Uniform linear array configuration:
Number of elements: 24
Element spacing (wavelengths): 0.75
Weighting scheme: exponential
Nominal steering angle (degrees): -15
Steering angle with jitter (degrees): -16.891
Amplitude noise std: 0.05
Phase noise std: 0.05

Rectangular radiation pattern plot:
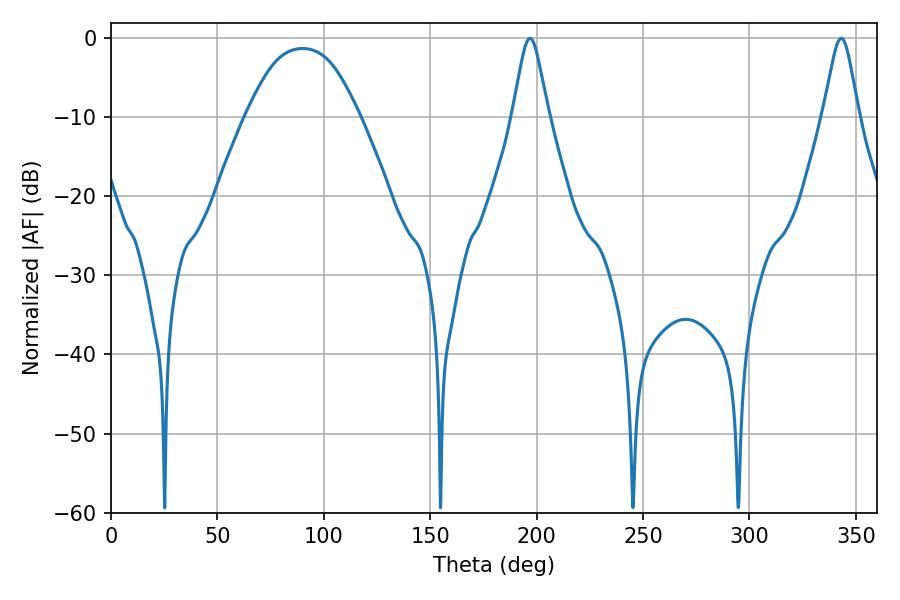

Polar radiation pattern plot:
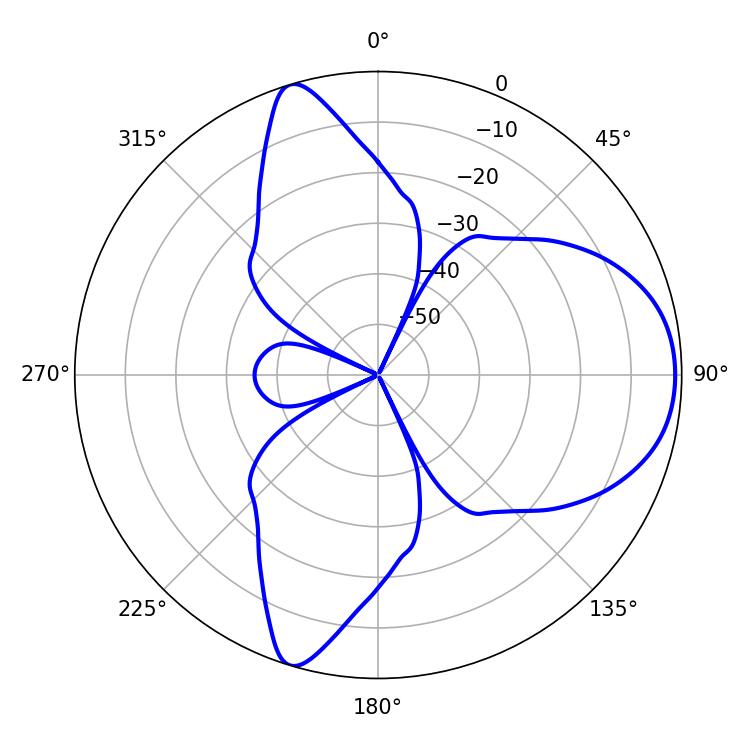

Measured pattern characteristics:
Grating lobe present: TRUE
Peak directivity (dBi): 7.648
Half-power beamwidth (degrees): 7.92
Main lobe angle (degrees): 196.92